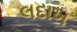
લદાખ